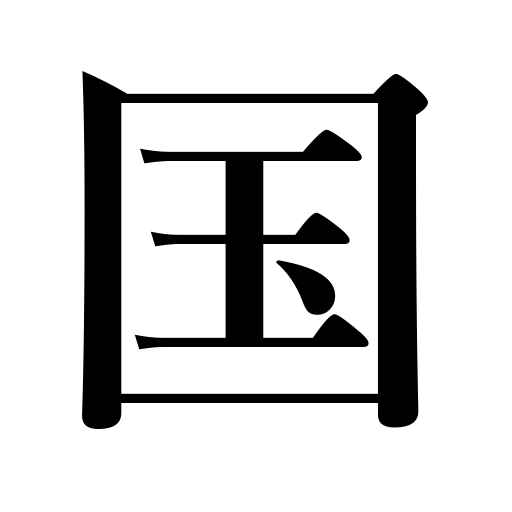
Meanings: realm,native land,province,country,land